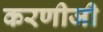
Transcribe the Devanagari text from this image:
करणीजी